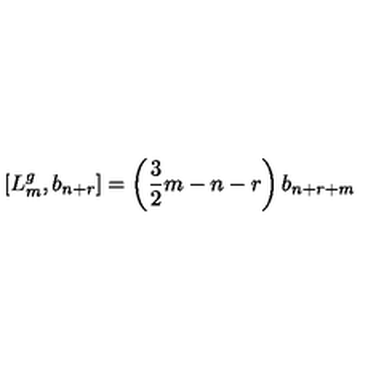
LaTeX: \left[ L _ { m } ^ { g } , b _ { n + r } \right] = \left( \frac { 3 } { 2 } m - n - r \right) b _ { n + r + m }